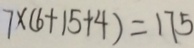
7 \times ( 6 + 1 5 + 4 ) = 1 7 5